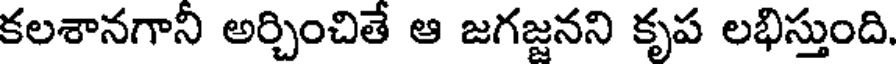
కలశానగానీ అర్చించితే ఆ జగజ్జనని కృప లభిస్తుంది.